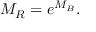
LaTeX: M _ { R } = e ^ { M _ { B } } .